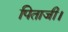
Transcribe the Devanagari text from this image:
पिताजी।